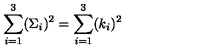
\sum _ { i = 1 } ^ { 3 } ( \Sigma _ { i } ) ^ { 2 } = \sum _ { i = 1 } ^ { 3 } ( k _ { i } ) ^ { 2 }